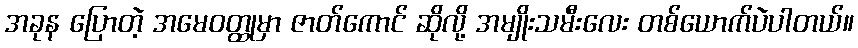
အခုန ပြောတဲ့ အမေဝတ္ထုမှာ ဇာတ်ကောင် ဆိုလို့ အမျိုးသမီးလေး တစ်ယောက်ပဲပါတယ်။